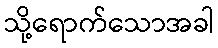
သို့ရောက်သောအခါ